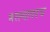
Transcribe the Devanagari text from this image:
भरल्यावरच